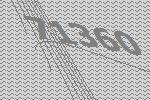
71360